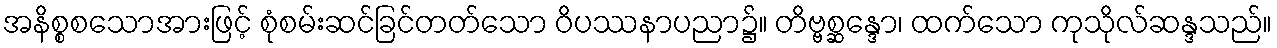
အနိစ္စစသောအားဖြင့် စုံစမ်းဆင်ခြင်တတ်သော ဝိပဿနာပညာ၌။ တိဗ္ဗစ္ဆန္ဒော၊ ထက်သော ကုသိုလ်ဆန္ဒသည်။